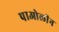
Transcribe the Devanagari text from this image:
पाओलीन